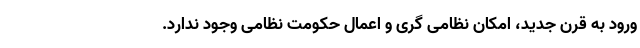
ورود به قرن جدید، امکان نظامی گری و اعمال حکومت نظامی وجود ندارد.